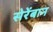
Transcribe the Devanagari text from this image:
सेरेंबान